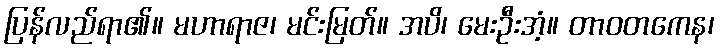
ပြန်လည်ရာ၏။ မဟာရာဇ၊ မင်းမြတ်။ အပိ၊ မေးဦးအံ့။ တာဝတကေန၊